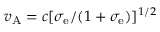
v _ { \mathrm { A } } = c [ \sigma _ { \mathrm { e } } / ( 1 + \sigma _ { \mathrm { e } } ) ] ^ { 1 / 2 }